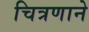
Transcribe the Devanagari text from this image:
चित्रणाने